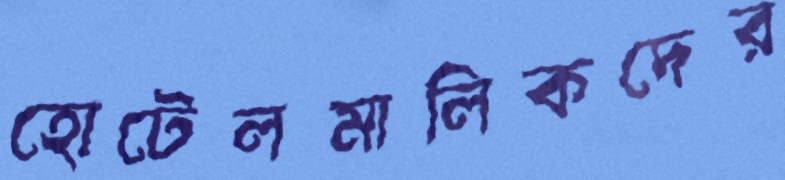
হোটেলমালিকদের